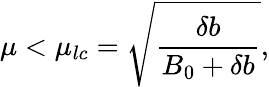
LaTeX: \mu<\mu_{lc}=\sqrt{\frac{\delta b}{B_{0}+\delta b}},